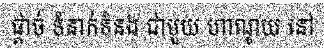
ផ្តាច់ ទំនាក់ទំនង ជាមួយ ហាណូយ នៅ